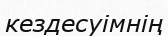
кездесуімнің